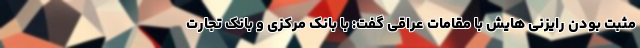
مثبت بودن رایزنی هایش با مقامات عراقی گفت: با بانک مرکزی و بانک تجارت